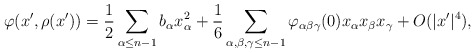
\begin{align*}\varphi (x', \rho (x')) = \frac{1}{2} \sum_{\alpha \leq n-1} b_\alpha x_\alpha^2 + \frac{1}{6} \sum_{\alpha, \beta, \gamma \leq n-1} \varphi_{\alpha \beta \gamma} (0) x_\alpha x_\beta x_\gamma + O (|x'|^4),\end{align*}